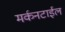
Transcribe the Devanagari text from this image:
मर्कनटाईल